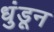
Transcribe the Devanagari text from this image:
धुंडून